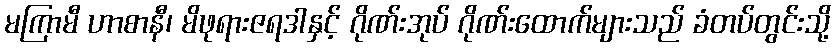
မကြာမီ ဟာစာနီ၊ မိဖုရားဇရဒါနှင့် ဂိုဏ်းအုပ် ဂိုဏ်းထောက်များသည် ခံတပ်တွင်းသို့